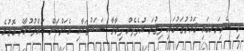
މި ސެމިނަރގައި ޤައުމުތަކުގައި ފިތުނަ އުފެދެން ދިމާވާ ސަބަބުތަކާއި އެކަންކަން ހައްލުކުރާނެ ގޮތުގެ